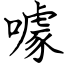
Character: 噱